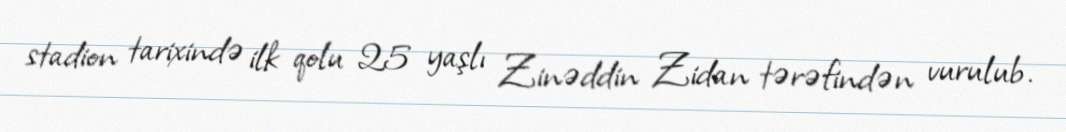
stadion tarixində ilk qolu 25 yaşlı Zinəddin Zidan tərəfindən vurulub.